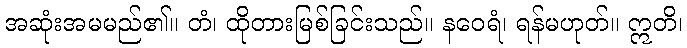
အဆုံးအမမည်၏။ တံ၊ ထိုတားမြစ်ခြင်းသည်။ နဝေရံ၊ ရန်မဟုတ်။ ဣတိ၊